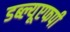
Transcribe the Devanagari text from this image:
डब्ल्यूएफपी